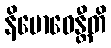
နိဗောဓေန္တီတိ